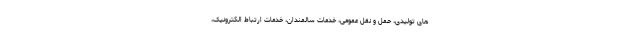
های تولیدی، حمل و نقل عمومی، خدمات سالمندان، خدمات ارتباط الکترونیک،